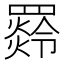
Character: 𦌣